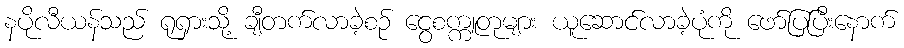
နပိုလီယန်သည် ရုရှားသို့ ချီတက်လာခဲ့စဉ် ငွေစက္ကူတုများ ယူဆောင်လာခဲ့ပုံကို ဖော်ပြပြီးနောက်